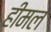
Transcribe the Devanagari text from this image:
हीमल